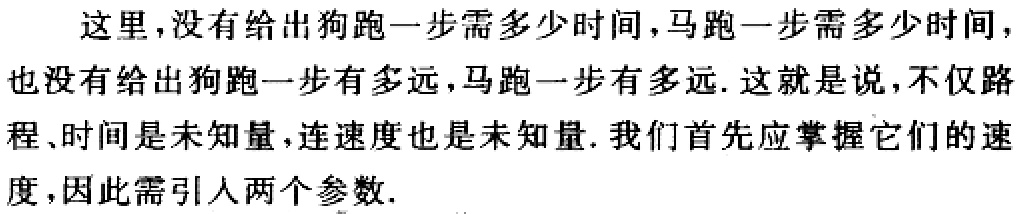
这里,没有给出狗跑一步需多少时间,马跑一步需多少时间,也没有给出狗跑一步有多远,马跑一步有多远. 这就是说,不仅路程、时间是未知量,连速度也是未知量. 我们首先应掌握它们的速度,因此需引入两个参数.